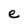
Character: e